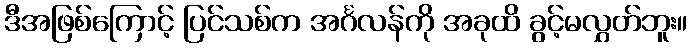
ဒီအဖြစ်ကြောင့် ပြင်သစ်က အင်္ဂလန်ကို အခုထိ ခွင့်မလွှတ်ဘူး။